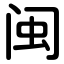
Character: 闽